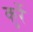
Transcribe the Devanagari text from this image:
कुर्रे